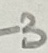
Text: L3